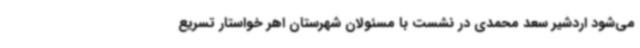
می‌شود اردشیر سعد محمدی در نشست با مسئولان شهرستان اهر خواستار تسریع